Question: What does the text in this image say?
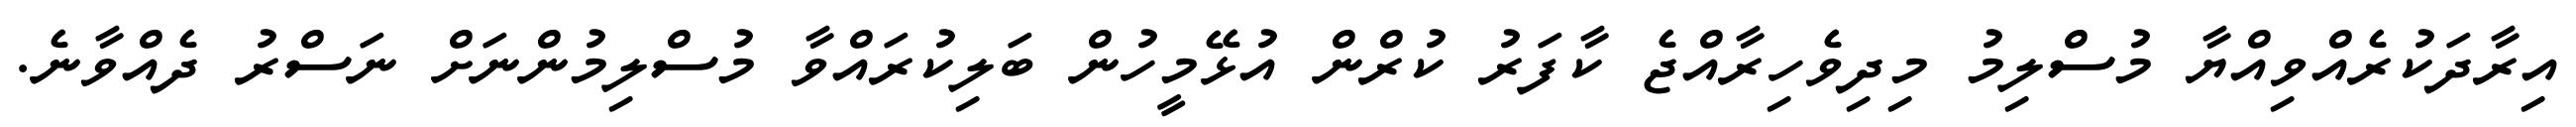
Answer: އިރާދަކުރެއްވިއްޔާ މުސްލިމު މިދިވެހިރާއްޖެ ކާފަރު ކުރްން އުޅޭމީހުން ބަލިކުރައްވާ މުސްލިމުންނަށް ނަސްރު ދެއްވާނެ.